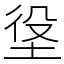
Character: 垼